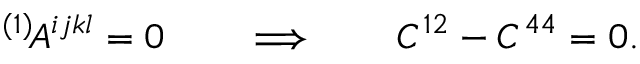
{ } ^ { ( 1 ) } \! A ^ { i j k l } = 0 \qquad \Longrightarrow \qquad C ^ { 1 2 } - C ^ { 4 4 } = 0 .